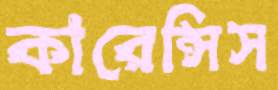
কারেন্সিস